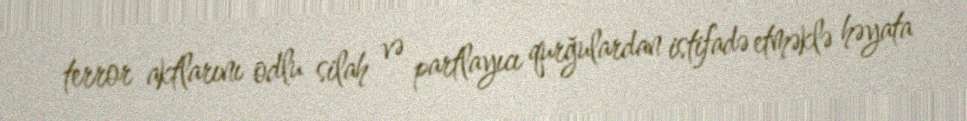
terror aktlarını odlu silah və partlayıcı qurğulardan istifadə etməklə həyata